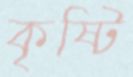
কৃষ্টি